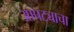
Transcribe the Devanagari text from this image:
आपट्याचा